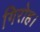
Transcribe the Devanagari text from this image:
गिरोह।